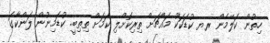
ހިތުން ކަލޭމެން ރޔ ކުޑަކަކޫ މައްޗަށް ތިރިކޮށްލި ކަމަށް ތިތިބީ. ކުޑަމިނުން ލަންކާގަ